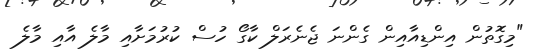
"މިގޮތުން އިންޑިއާއިން ގެންނަ ޖެނެރަލް ކާގޯ ހުސް ކުރުމަށާއި މާލެ އާއި މާލެ